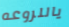
ياللروعه